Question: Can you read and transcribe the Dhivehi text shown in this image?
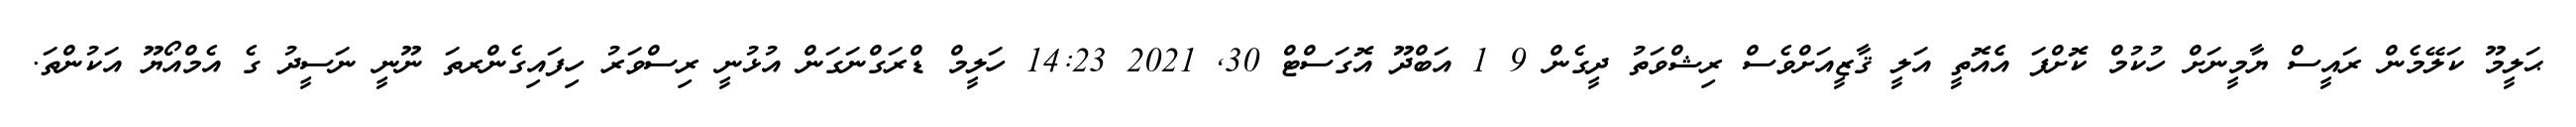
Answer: ޙަލީމޫ ކަލޭމެން ރައީސް ޔާމީނަށް ހުކުމް ކޮށްފަ އެެއޮތީ އަލީ ޤާޒީއަށްވެސް ރިޝްވަތު ދީގެން 9 1 އަބްދޫ އޮގަސްޓް 30, 2021 14:23 ހަލީމް ޑްރަގްނަގަން އުޅުނީ ރިސްވަރު ހިފައިގެންރތަ ނޫނީ ނަސީދު ގެ އެމްއޯޔޫ އަކުންތަ.